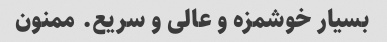
بسیار خوشمزه و عالی و سریع. ممنون